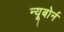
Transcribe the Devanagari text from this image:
न्यूबोर्न